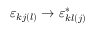
\varepsilon _ { k j ( l ) } \to \varepsilon _ { k l ( j ) } ^ { * }